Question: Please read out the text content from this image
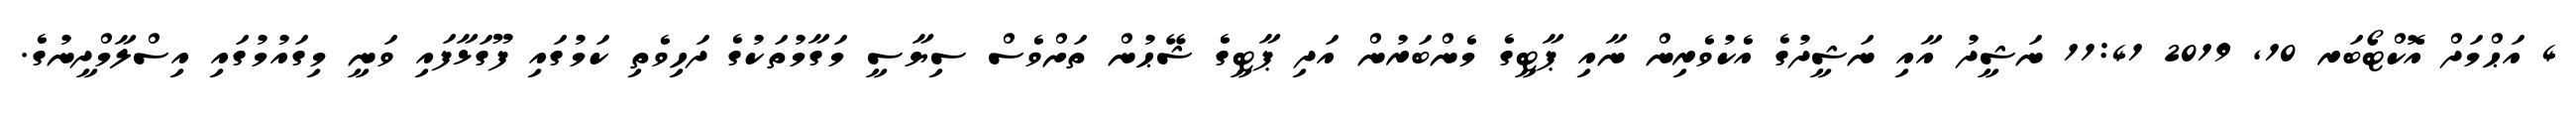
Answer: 4 އަޙްމަދް އޮކްޓޯބަރ 10, 2019 11:41 ނަޝީދު އާއި ނަޝީދުގެ އެކުވެރިން ނާއި ޕާޓީގެ މެންބަރުން އަދި ޕާޓީގެ ޝޭޙުން ތަށްވެސް ސިޔާސީ މަގާމުތަކުގެ ދަހިވެތި ކަމުގައި ފޫގަޅާފައި ވަނީ މިގައުމުގައި އިސްލާމްދީނުގެ.